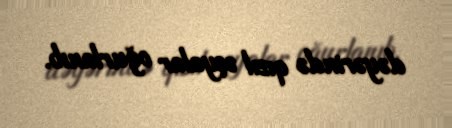
dəyərində qızıl əşyalar oğurlanıb.